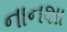
નાનશા